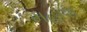
મહાશ